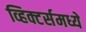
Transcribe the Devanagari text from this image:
व्हिक्टर्समध्ये